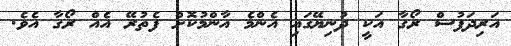
އަރިދަފުސް ރޯގާ އަކީ ދުނިޔޭގައި އެންމެ އާންމުކޮށް ފެތުރޭ އެއް ރޯގާ އެވެ.